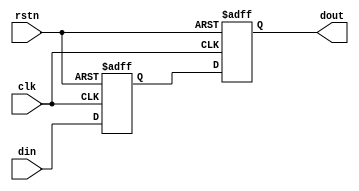
// $Id: sync.v,v 1.1.1.1 2008/07/01 17:34:22 jfreed Exp $

module sync(clk, rstn, din, dout);

input clk;
input rstn;
input din;
output dout;

reg din_p;
reg dout;


always @(posedge clk or negedge rstn)
begin
  if (~rstn)
  begin
    dout <= 1'b0;
    din_p <= 1'b0;    
  end
  else
  begin
    din_p <= din;
    dout <= din_p;  
  end
end

endmodule